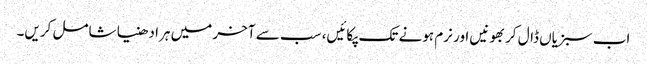
اب سبزیاں ڈال کر بھونیں اور نرم ہونے تک پکائیں، سب سے آخر میں ہرا دھنیا شامل کریں۔